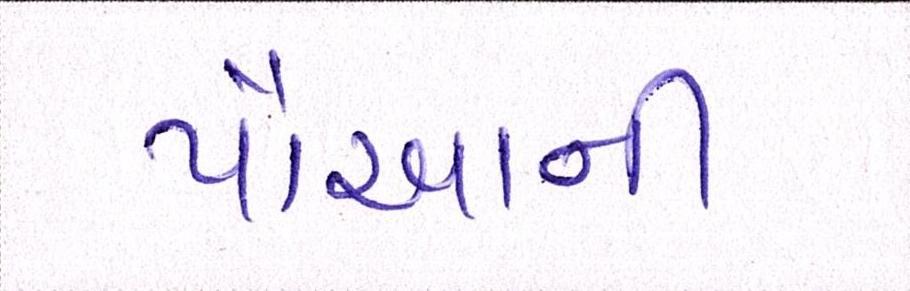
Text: પૌઆની